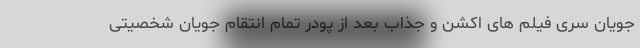
جویان سری فیلم های اکشن و جذاب بعد از پودر تمام انتقام جویان شخصیتی